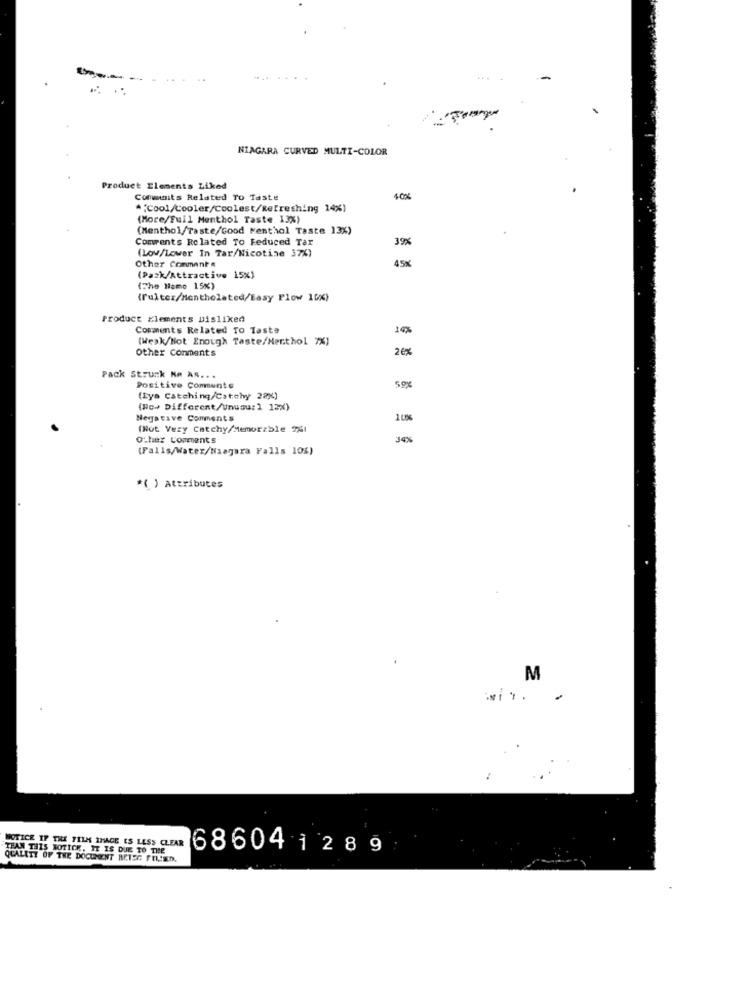
NIAGARA CURVED MULTI-COLOR
Product Elements Liked
Communits Related To Taste
40%
* [cool/Cooler/Coolest/Refreshing 14%)
(More/Full Menthol Taste 13%)
(Menthol/Taste/Good Menthol Taste 13%)
Comments Related To Feduced Tar
39%
(Low/Lower In Tar/Nicotine 37%)
45K
Other Comment #
(Pazk/Attractive 15%)
(The Name 15%)
(ruiter/Mentholated/Easy Plow 10%)
Product Elements Disliked
Comments Related TO Taste
14%
(Weak/Not Enough Taste/Merthol 7%)
Other Conments
26%
Pack Strunk No AR .. .
50%
Positive Communte
(Eye Catching/Catchy 22%)
(Now Different/Unuau: 1 12%)
Negative Comments
10%
(Not Very Catchy/Memorable 561
Other comments
34%
(Falls/Water/Niagara Falls 10%)
*( ) Attributes
M
NOTICE IF THE FILM IHACE ES LESS CLEAR
TEAN THIS NOTICE, IT IS DUE TO THE
68604 1 28 9
QUALITY OF THE DOCUMENT BETEG FELMED.